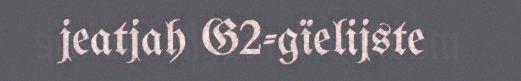
jeatjah G2-gïelijste